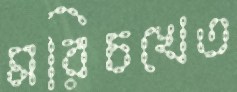
মরিচখেত